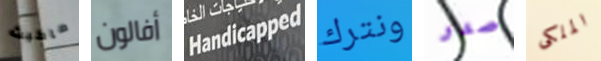
ماكبث أفالون Handicapped ونترك صدر الملكى